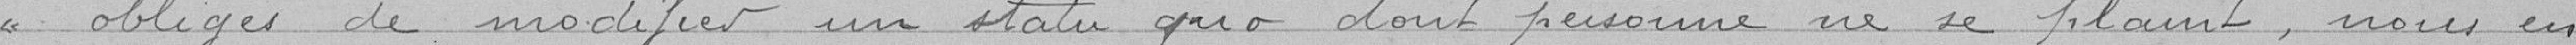
obligés de modifier un statu quo dont personne ne se plaint, nous en